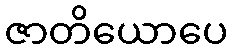
ဇာတိယောပေ